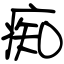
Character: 痴